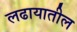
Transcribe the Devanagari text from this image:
लढायातील